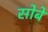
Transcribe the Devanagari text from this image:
सोबे